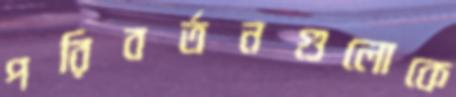
পরিবর্তনগুলোকে